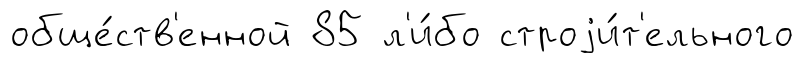
обще́ств'енной 85 л'и́бо строjи́т'ельного